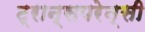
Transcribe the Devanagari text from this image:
ट्रान्सपरेन्सी